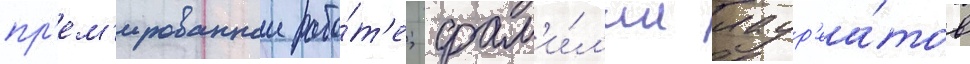
пр'ем'ированнои рабо́т'е; фам'и́л'ии лаур'еа́тов